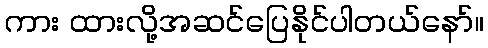
ကား ထားလို့အဆင်ပြေနိုင်ပါတယ်နော်။